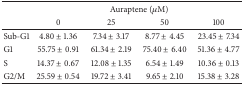
|  | <COLSPAN=4> Auraptene (μM) |
 |  | 0 | 25 | 50 | 100 |
 | --- | --- | --- | --- | --- |
 | Sub-G1 | 4.80 ± 1.36 | 7.34 ± 3.17 | 8.77 ± 4.45 | 23.45 ± 7.34 |
 | G1 | 55.75 ± 0.91 | 61.34 ± 2.19 | 75.40 ± 6.40 | 51.36 ± 4.77 |
 | S | 14.37 ± 0.67 | 12.08 ± 1.35 | 6.54 ± 1.49 | 10.36 ± 0.13 |
 | G2/M | 25.59 ± 0.54 | 19.72 ± 3.41 | 9.65 ± 2.10 | 15.38 ± 3.28 |